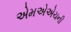
એમએએચની